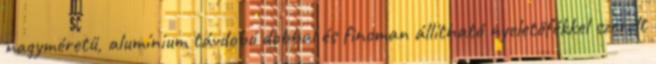
nagyméretű, alumínium távdobó dobbal és finoman állítható nyeletőfékkel szerelt